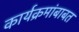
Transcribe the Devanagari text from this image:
कार्यक्रमांबाबत